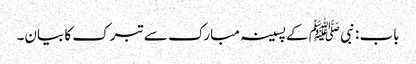
باب : نبی ﷺ کے پسینہ مبارک سے تبرک کا بیان۔